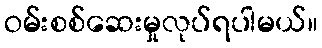
ဝမ်းစစ်ဆေးမှုလုပ်ရပါမယ်။